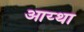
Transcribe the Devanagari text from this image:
आय्था